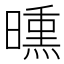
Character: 𣊳